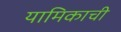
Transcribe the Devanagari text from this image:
यामिकाची